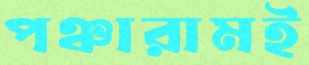
পঞ্চারামই